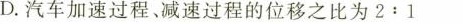
D.汽车加速过程、减速过程的位移之比为2:1